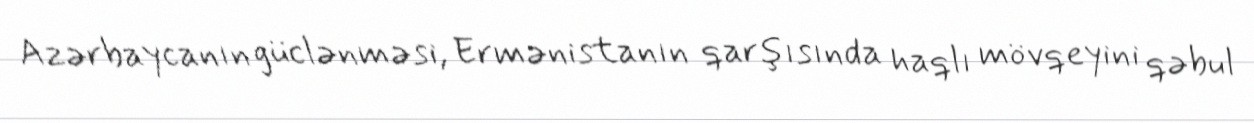
Azərbaycanın güclənməsi, Ermənistanın qarşısında haqlı mövqeyini qəbul